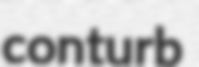
conturb